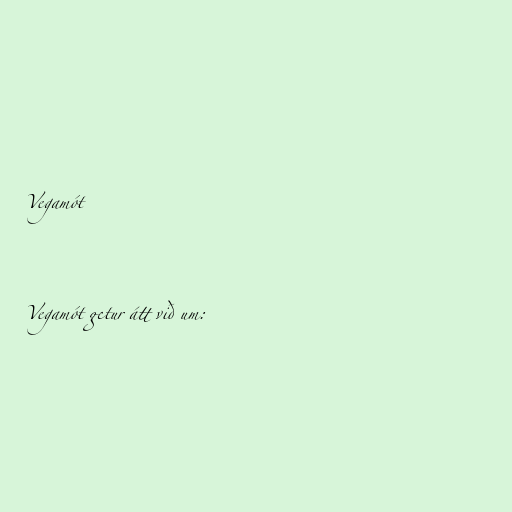
Vegamót

Vegamót getur átt við um: